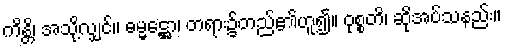
ကိန္တိ၊ အသို့လျှင်။ ဓမ္မဋ္ဌော၊ တရား၌တည်၏ဟူ၍။ ဝုစ္စတိ၊ ဆိုအပ်သနည်း။